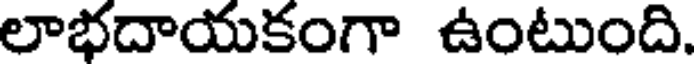
లాభదాయకంగా ఉంటుంది.